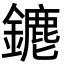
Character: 䥝